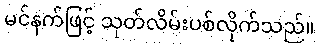
မင်နက်ဖြင့် သုတ်လိမ်းပစ်လိုက်သည်။